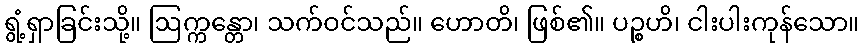
ရွံ့ရှာခြင်းသို့။ ဩက္ကန္တော၊ သက်ဝင်သည်။ ဟောတိ၊ ဖြစ်၏။ ပဉ္စဟိ၊ ငါးပါးကုန်သော။